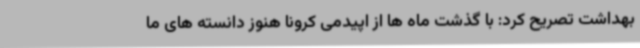
بهداشت تصریح کرد: با گذشت ماه ها از اپیدمی کرونا هنوز دانسته های ما